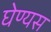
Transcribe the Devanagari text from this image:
घेण्यस